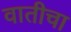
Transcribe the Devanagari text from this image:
वातीचा